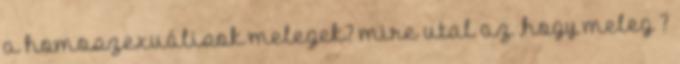
a homoszexuálisok melegek? mire utal az ,hogy meleg ?